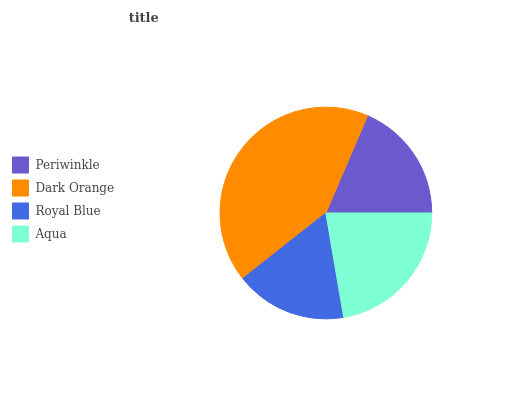
| Periwinkle | Dark Orange | Royal Blue | Aqua |
 | --- | --- | --- | --- |
 | 18.6% | 42% | 17% | 22.3% |